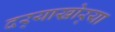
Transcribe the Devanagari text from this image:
दर्‍याखोर्‍या